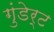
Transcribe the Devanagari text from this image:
गुंडेर्ट